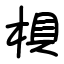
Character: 椇